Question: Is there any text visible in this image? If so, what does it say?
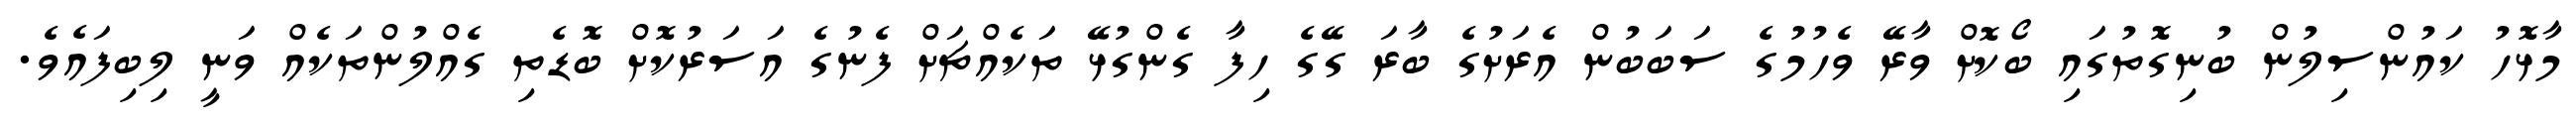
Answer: މާޅޮހު ކައުންސިލުން ބުނިގޮތުގައި ބޯކޮށް ވާރޭ ވެހުމުގެ ސަބަބުން އެރަށުގެ ބާރަ ގޭގެ ހިފާ ގެންގުޅޭ ތަކެއްޗަށް ފެނުގެ އަސަރުކޮށް ބޮޑެތި ގެއްލުންތަކެއް ވަނީ ލިބިފައެވެ.